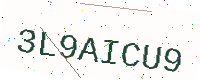
Text: 3L9AICU9